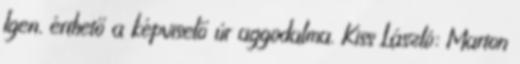
Igen, érthető a képviselő úr aggodalma. Kiss László: Marton